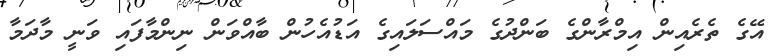
އޭގެ ތެރެއިން އިމްރާންގެ ބަންދުގެ މައްސަލައިގެ އަޑުއެހުން ބާއްވަން ނިންމާފައި ވަނީ މާދަމާ